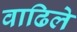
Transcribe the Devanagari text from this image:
वाढिले